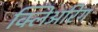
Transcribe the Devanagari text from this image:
क्लिअरिंग